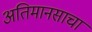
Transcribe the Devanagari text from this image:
अतिमानसाचा